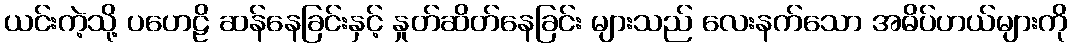
ယင်းကဲ့သို့ ပဟေဠိ ဆန်နေခြင်းနှင့် နှုတ်ဆိတ်နေခြင်း များသည် လေးနက်သော အဓိပ်ပာယ်များကို